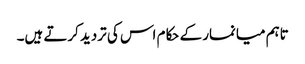
تاہم میانمار کے حکام اس کی تردید کرتے ہیں۔